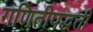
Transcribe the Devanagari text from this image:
गणितीपद्धती